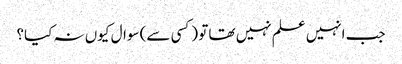
جب انہیں علم نہیں تھا تو (کسی سے) سوال کیوں نہ کیا؟